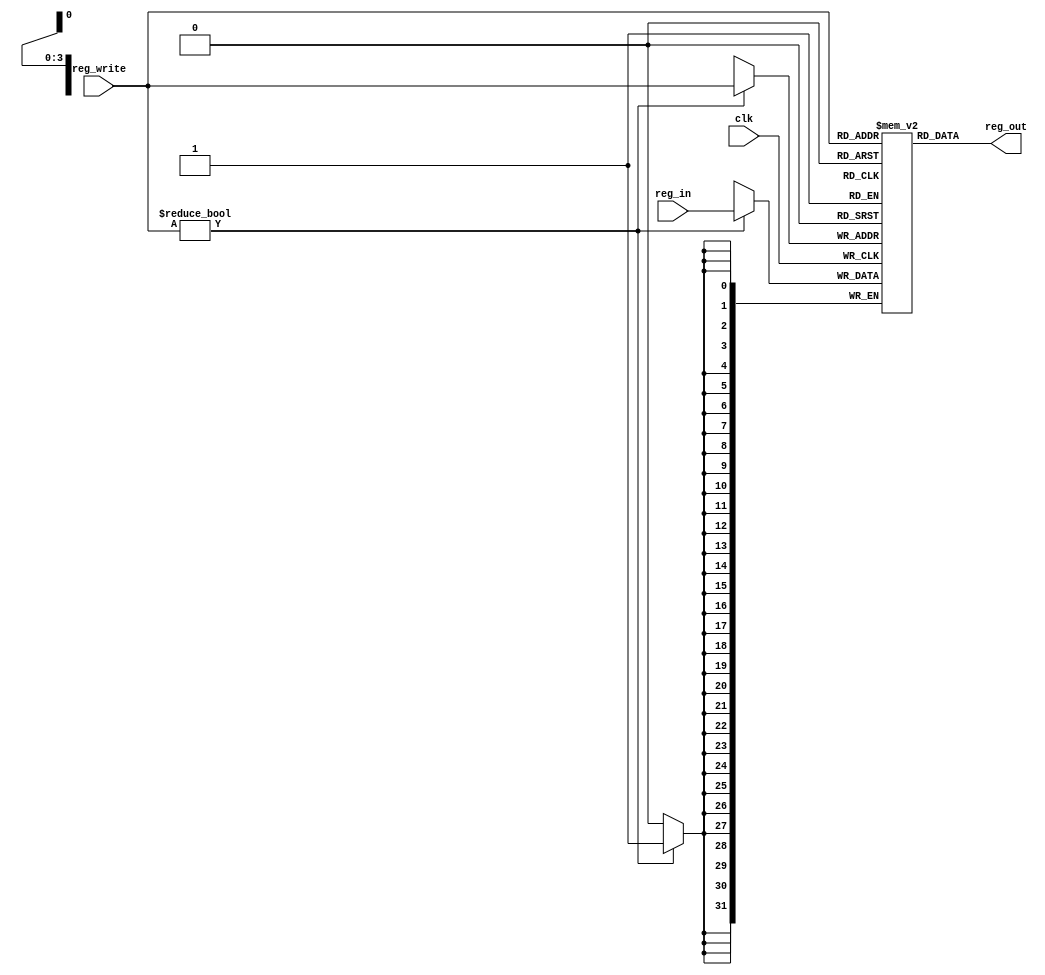
module register_bank (
  input clk,
  input [3:0] reg_write,
  input [31:0] reg_in,
  output [31:0] reg_out
);

  reg [31:0] reg_file [15:0]; // 16 32-bit registers

  always @ (posedge clk) begin
    if (reg_write) begin
      reg_file[reg_write[3:0]] <= reg_in;
    end
  end

  assign reg_out = reg_file[reg_write[3:0]];

endmodule